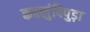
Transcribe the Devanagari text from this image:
कदलुंदिपुड़ा